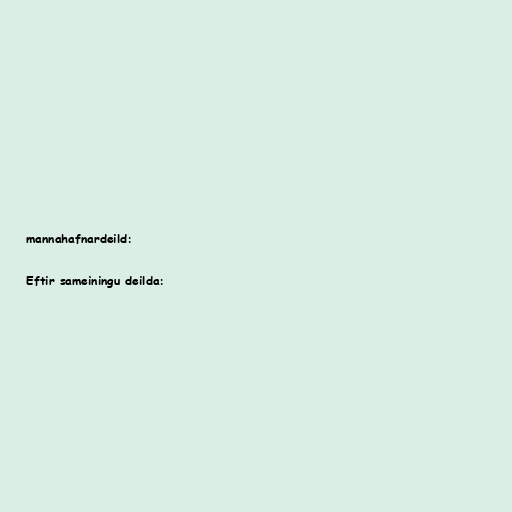
mannahafnardeild:

Eftir sameiningu deilda: